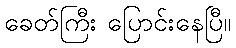
ခေတ်ကြီး ပြောင်းနေပြီ။